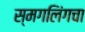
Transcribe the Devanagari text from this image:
स्मगलिंगचा